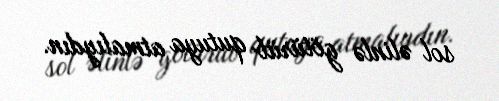
sol əlinlə götürüb qutuya atmalıydın.